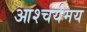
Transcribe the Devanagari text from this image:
आश्चर्यमय